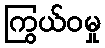
ကြွယ်ဝမှု